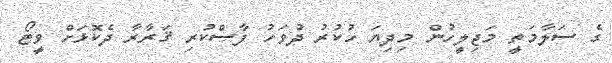
ގެ ސަލާމަތީ މަޖިލީހުން މިދިޔަ ހުކުރު ދުވަހު ފާސްކުރި ޤަރާރާ ދެކޮޅަށް ވީޓޯ